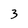
Character: 3